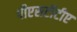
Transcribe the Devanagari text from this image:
पीएसटीटीए